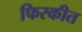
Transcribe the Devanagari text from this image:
फिरकीत